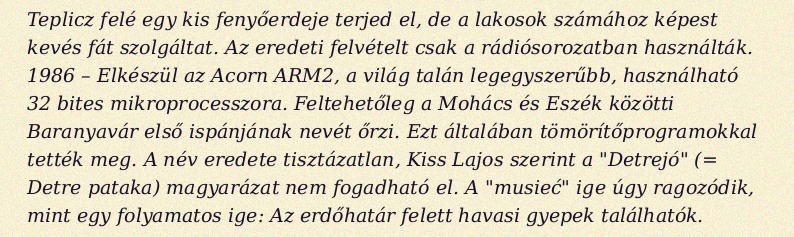
Teplicz felé egy kis fenyőerdeje terjed el, de a lakosok számához képest kevés fát szolgáltat. Az eredeti felvételt csak a rádiósorozatban használták. 1986 – Elkészül az Acorn ARM2, a világ talán legegyszerűbb, használható 32 bites mikroprocesszora. Feltehetőleg a Mohács és Eszék közötti Baranyavár első ispánjának nevét őrzi. Ezt általában tömörítőprogramokkal tették meg. A név eredete tisztázatlan, Kiss Lajos szerint a "Detrejó" (= Detre pataka) magyarázat nem fogadható el. A "musieć" ige úgy ragozódik, mint egy folyamatos ige: Az erdőhatár felett havasi gyepek találhatók.